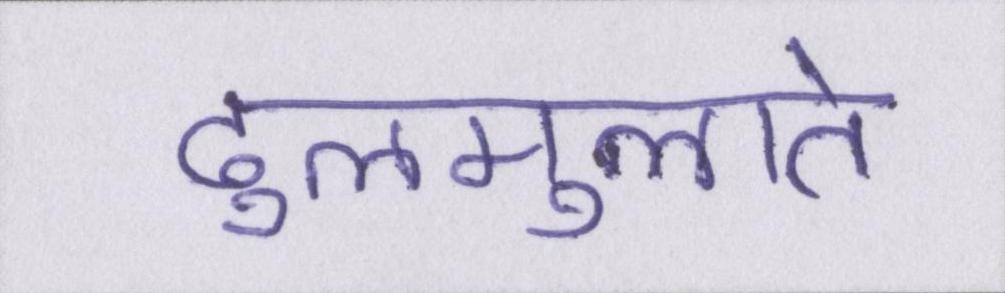
ढुलमुलाते